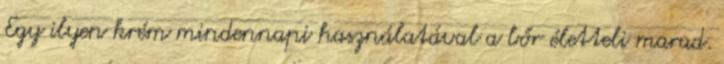
Egy ilyen krém mindennapi használatával a bőr életteli marad.